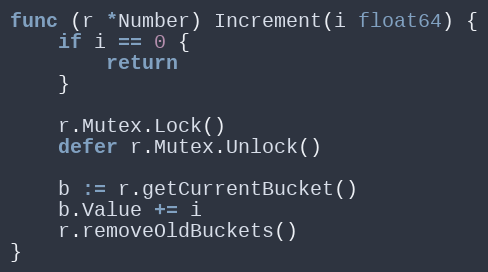
Language: Go
func (r *Number) Increment(i float64) {
	if i == 0 {
		return
	}

	r.Mutex.Lock()
	defer r.Mutex.Unlock()

	b := r.getCurrentBucket()
	b.Value += i
	r.removeOldBuckets()
}